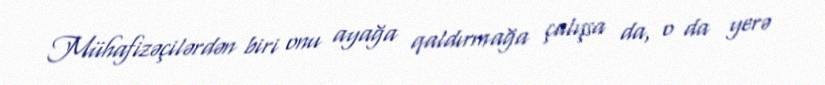
Mühafizəçilərdən biri onu ayağa qaldırmağa çalışsa da, o da yerə